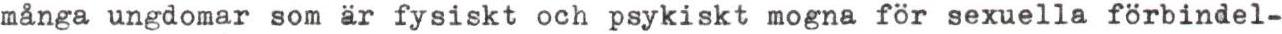
många ungdomar som är fysiskt och psykiskt mogna för sexuella förbindel-